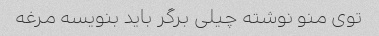
توی منو نوشته چیلی برگر باید بنویسه مرغه